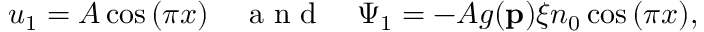
u _ { 1 } = A \cos { ( \pi x ) } \quad \mathrm { ~ a ~ n ~ d ~ } \quad \Psi _ { 1 } = - A g ( \mathbf { p } ) { \xi n _ { 0 } } \cos { ( \pi x ) } ,